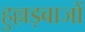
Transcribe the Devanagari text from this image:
हुल्लड़बाजों